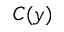
C ( y )